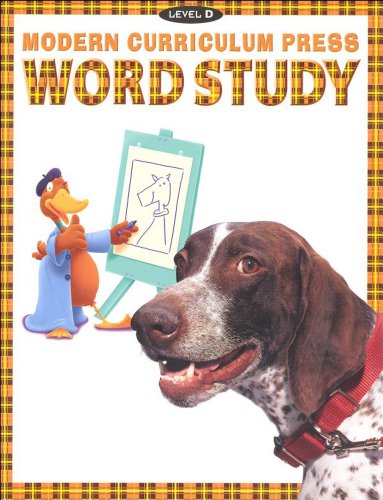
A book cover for Modern Curriculum Press Phonics, Level D: Word Study; MODERN CURRICULUM PRESS; Reference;